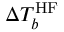
\Delta T _ { b } ^ { \mathrm { H F } }